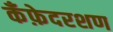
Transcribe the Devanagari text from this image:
कँफ़ेदरशण